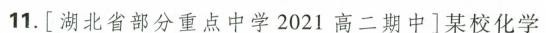
11.[湖北省部分重点中学2021高二期中]某校化学